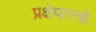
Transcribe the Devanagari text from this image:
प्रक्षेपास्त्रो